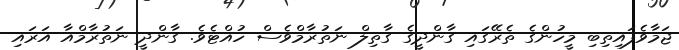
ޖަމާވެފައިތިބި މީހުންގެ ތެރޭގައި ގާންދީގެ ގާތިލް ނަތުރާމްވެސް ހުއްޓެވެ. ގާންދީ ނަތުރާމްއާ އަރައި